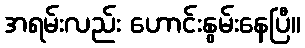
အရမ်းလည်း ဟောင်းနွမ်းနေပြီ။